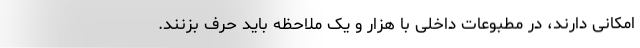
امکانی دارند، در مطبوعات داخلی با هزار و یک ملاحظه باید حرف بزنند.